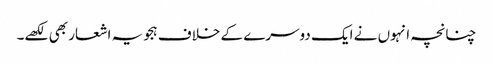
چنانچہ انہوں نے ایک دوسرے کے خلاف ہجویہ اشعار بھی لکھے۔